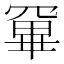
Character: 𭂂